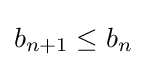
b_{n+1}\leq b_{n}